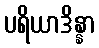
ပရိယာဒိန္နာ